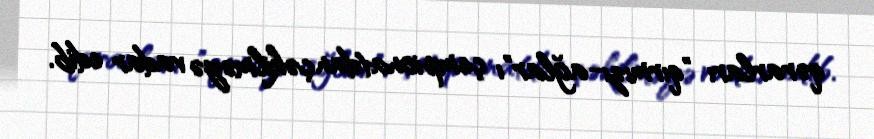
qərarları "qırmızı-ağlar"ı çempionatdan çəkilməyə vadar edib.